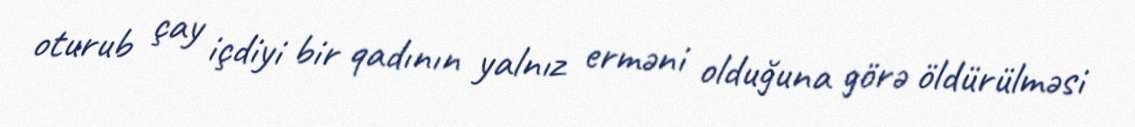
oturub çay içdiyi bir qadının yalnız erməni olduğuna görə öldürülməsi